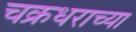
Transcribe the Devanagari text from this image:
चक्रधराच्या